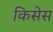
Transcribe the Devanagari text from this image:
किसेस